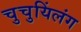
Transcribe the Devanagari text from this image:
चुचुयिंलंग